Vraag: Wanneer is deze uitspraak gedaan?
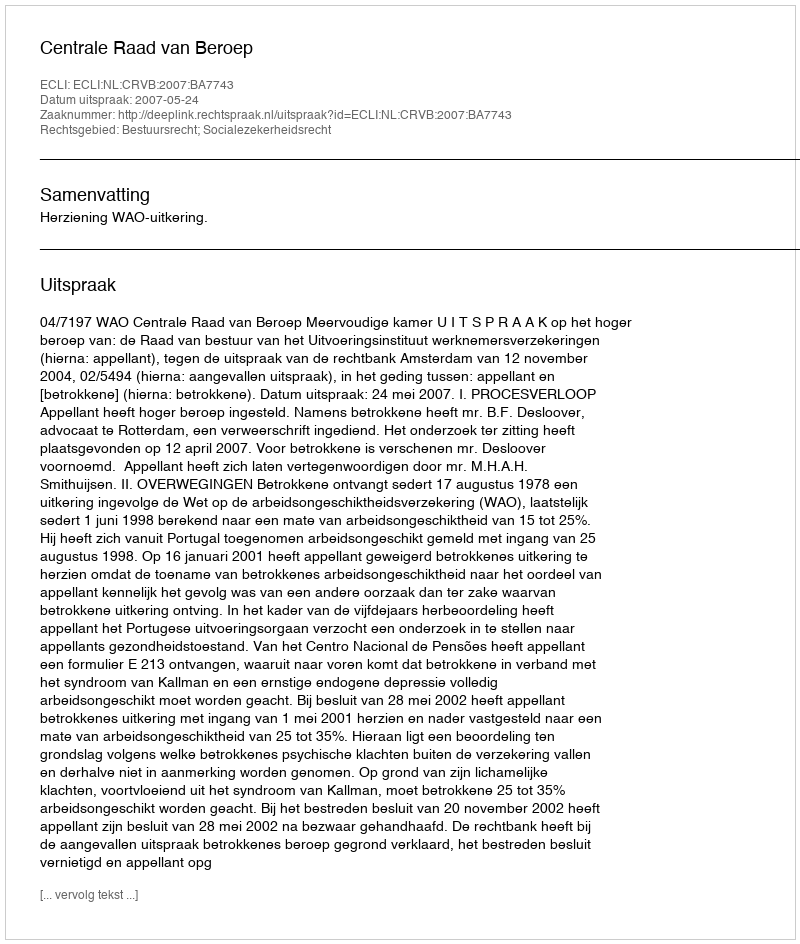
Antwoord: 2007-05-24